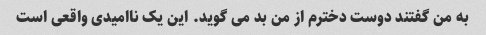
به من گفتند دوست دخترم از من بد می گوید. این یک ناامیدی واقعی است